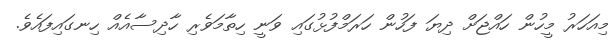
މިއަހަރު މީހުން ހައްޖަށް ދިޔަ ފަހުން ހަރަމްފުޅުގައި ވަނީ ހިތާމަވެރި ހާދިސާއެއް ހިނގައިފައެވެ.